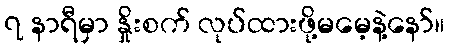
၇ နာရီမှာ နှိုးစက် လုပ်ထားဖို့မမေ့နဲ့နော်။